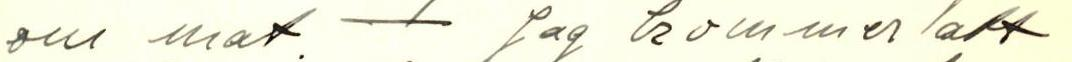
om mat - Jag kommer att